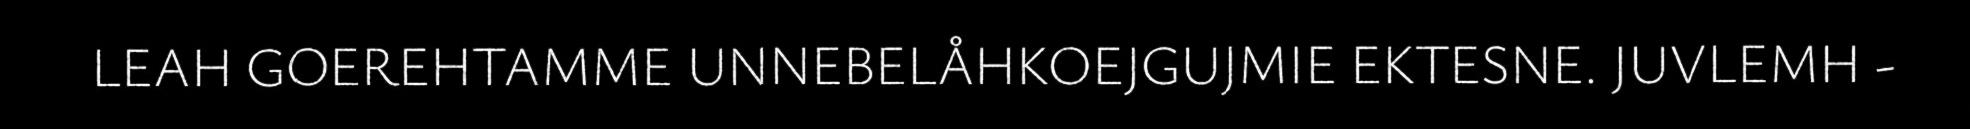
LEAH GOEREHTAMME UNNEBELÅHKOEJGUJMIE EKTESNE. JUVLEMH -